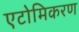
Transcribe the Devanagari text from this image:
एटोमिकरण